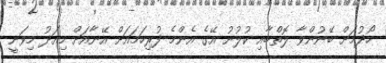
ހޯދުމަށް ބޭނުންވާ ލޮތްބާއި ކުލުނު އޭގެ އެންމެ ފުރިހަމައަށް އޭނާއަށް މިއަދު މިވަނީ